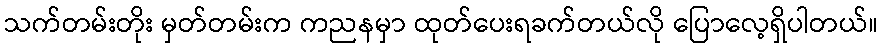
သက်တမ်းတိုး မှတ်တမ်းက ကညနမှာ ထုတ်ပေးရခက်တယ်လို ပြောလေ့ရှိပါတယ်။